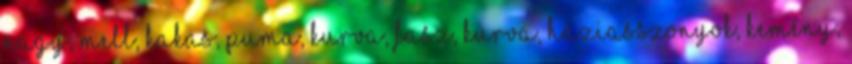
nagy, mell, kakas, puma, kurva, fasz, kurva, háziasszonyok, kemény,